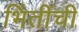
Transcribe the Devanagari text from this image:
भिंतींची